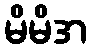
မိမိအ